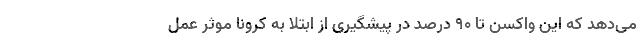
می‌دهد که این واکسن تا 90 درصد در پیشگیری از ابتلا به کرونا موثر عمل